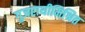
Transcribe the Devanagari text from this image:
गुजराथीमिश्रित